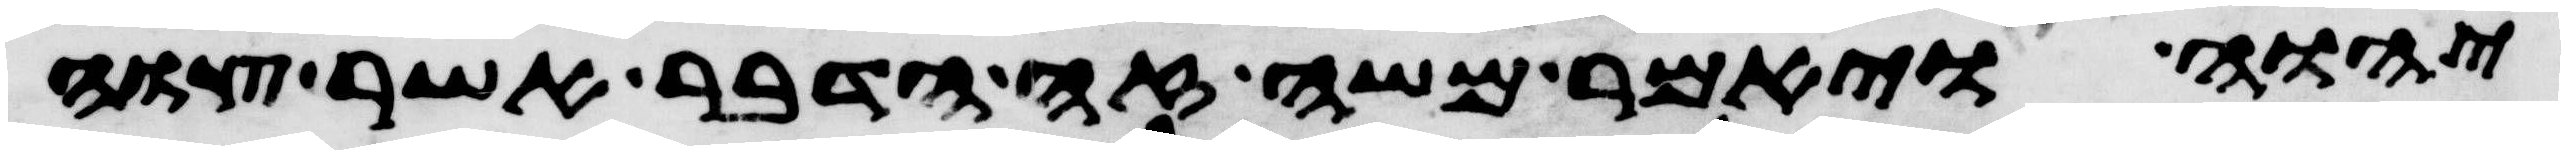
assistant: יהוה ויאמר משה זה הדבר אשר צוה